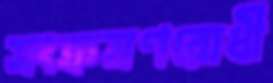
সংক্রমণরোধী